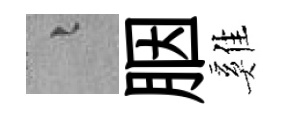
融胭雞